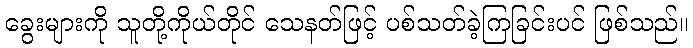
ခွေးများကို သူတို့ကိုယ်တိုင် သေနတ်ဖြင့် ပစ်သတ်ခဲ့ကြခြင်းပင် ဖြစ်သည်။